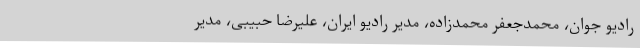
رادیو جوان، محمدجعفر محمدزاده، مدیر رادیو ایران، علیرضا حبیبی، مدیر